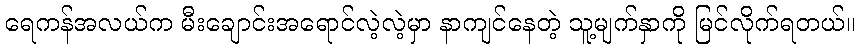
ရေကန်အလယ်က မီးချောင်းအရောင်လဲ့လဲ့မှာ နာကျင်နေတဲ့ သူ့မျက်နှာကို မြင်လိုက်ရတယ်။